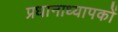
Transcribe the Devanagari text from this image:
प्रधानाध्यापकों